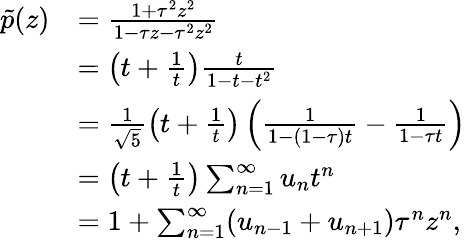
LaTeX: \begin{array}{rl}{\tilde{p}(z)}&{=\frac{1+\tau^{2}z^{2}}{1-\tau z-\tau^{2}z^{2}}}\\ &{=\left(t+\frac{1}{t}\right)\frac{t}{1-t-t^{2}}}\\ &{=\frac{1}{\sqrt{5}}\left(t+\frac{1}{t}\right)\left(\frac{1}{1-(1-\tau)t}-\frac{1}{1-\tau t}\right)}\\ &{=\left(t+\frac{1}{t}\right)\sum_{n=1}^{\infty}u_{n}t^{n}}\\ &{=1+\sum_{n=1}^{\infty}(u_{n-1}+u_{n+1})\tau^{n}z^{n},}\end{array}